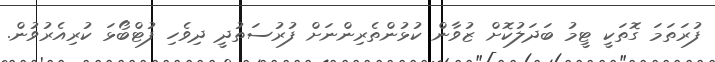
ފުރަތަމަ ގޮތަކީ ޓީމު ބަދަލުކޮށް ޒުވާން ކުޅުންތެރިންނަށް ފުރުސަތުދީ ދިވެހި ފުޓްބޯޅަ ކުރިއެރުވުން.